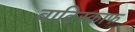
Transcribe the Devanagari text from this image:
बाटिस्काफ